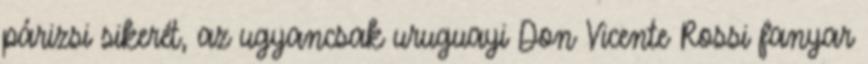
párizsi sikerét, az ugyancsak uruguayi Don Vicente Rossi fanyar